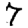
Digit: 7